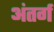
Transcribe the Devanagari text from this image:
अंतर्ग